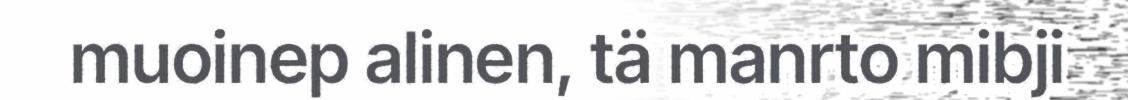
muoinep alinen, tä manrto mibji